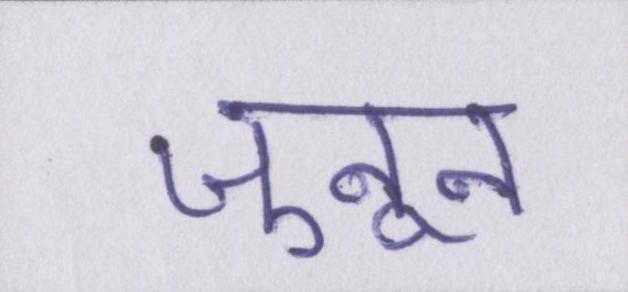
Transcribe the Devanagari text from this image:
जुनून